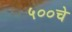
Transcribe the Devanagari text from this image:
५००चे